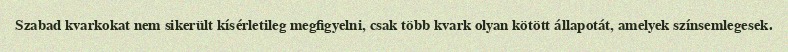
Szabad kvarkokat nem sikerült kísérletileg megfigyelni, csak több kvark olyan kötött állapotát, amelyek színsemlegesek.